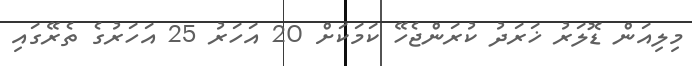
މިލިއަން ޑޮލަރު ޚަރަދު ކުރަންޖެހޭ ކަމަކަށް 20 އަހަރު 25 އަހަރުގެ ތެރޭގައި